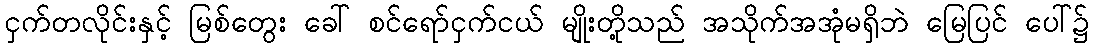
ငှက်တလိုင်းနှင့် မြစ်တွေး ခေါ် စင်ရော်ငှက်ငယ် မျိုးတို့သည် အသိုက်အအုံမရှိဘဲ မြေပြင် ပေါ်၌